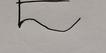
Signature authenticity: forged